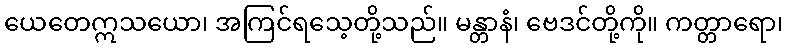
ယေတေဣသယော၊ အကြင်ရသေ့တို့သည်။ မန္တာနံ၊ ဗေဒင်တို့ကို။ ကတ္တာရော၊